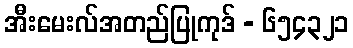
အီးမေးလ်အတည်ပြုကုဒ် - ၆၅၄၃၂၁